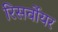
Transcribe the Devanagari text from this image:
रिसर्वोयर